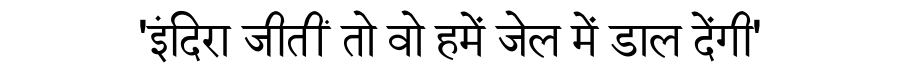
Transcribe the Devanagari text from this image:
'इंदिरा जीतीं तो वो हमें जेल में डाल देंगी'